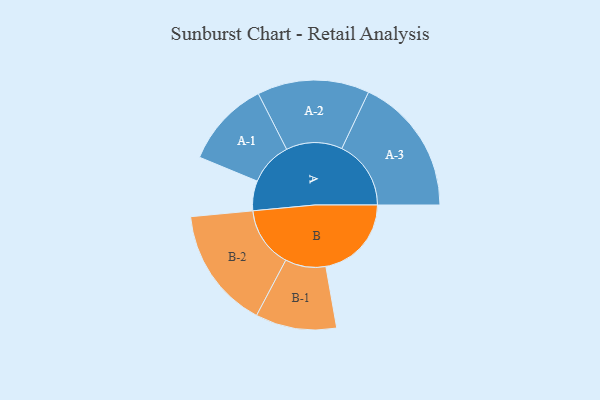
{"axis": {"x": "Segment", "y": "Value"}, "legend": ["", "A", "B"], "data": [{"x": "A", "y": 127, "type": ""}, {"x": "B", "y": 365, "type": ""}, {"x": "A-1", "y": 185, "type": "A"}, {"x": "A-2", "y": 239, "type": "A"}, {"x": "A-3", "y": 295, "type": "A"}, {"x": "B-1", "y": 173, "type": "B"}, {"x": "B-2", "y": 259, "type": "B"}]}